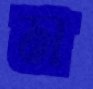
ম